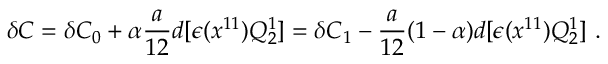
\delta C = \delta C _ { 0 } + \alpha { \frac { a } { 1 2 } } d [ \epsilon ( x ^ { 1 1 } ) Q _ { 2 } ^ { 1 } ] = \delta C _ { 1 } - { \frac { a } { 1 2 } } ( 1 - \alpha ) d [ \epsilon ( x ^ { 1 1 } ) Q _ { 2 } ^ { 1 } ] \ .